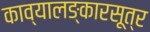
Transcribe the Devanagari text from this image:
काव्यालङ्कारसूत्र